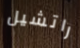
راتشيل